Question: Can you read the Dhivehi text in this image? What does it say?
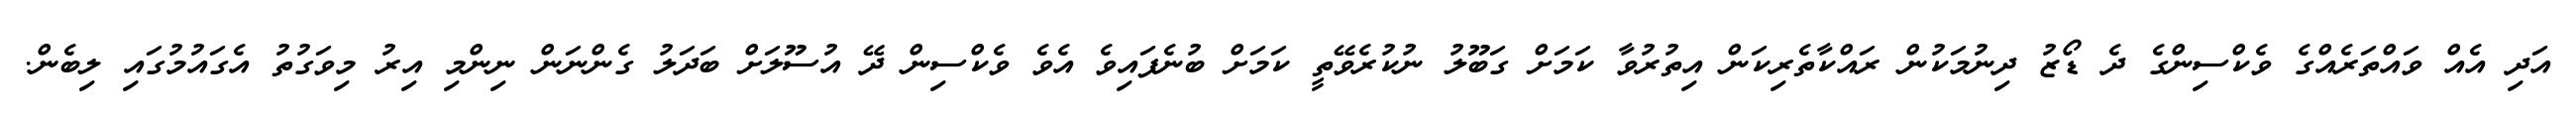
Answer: އަދި އެއް ވައްތަރެއްގެ ވެކްސިންގެ ދެ ޑޯޒު ދިނުމަކުން ރައްކާތެރިކަން އިތުރުވާ ކަމަށް ގަބޫލު ނުކުރެވޭތީ ކަމަށް ބުނެފައިވެ އެވެ ވެކްސިން ދޭ އުސޫލަށް ބަދަލު ގެންނަން ނިންމި އިރު މިވަގުތު އެގައުމުގައި ލިބެން.